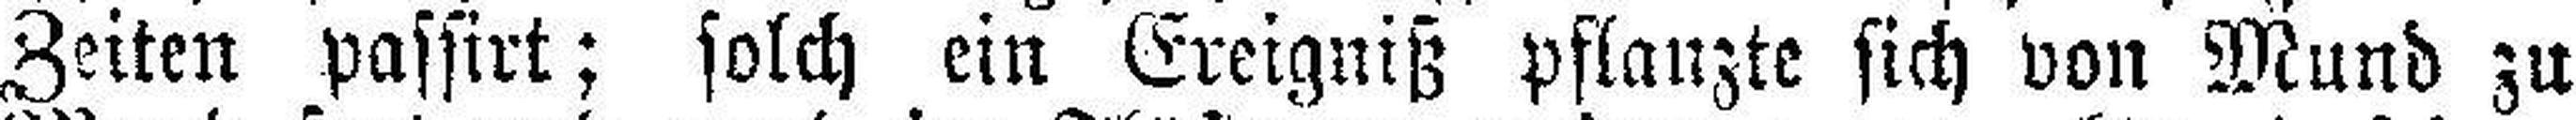
Zeiten passirt; solch ein Ereigniß pflanzte sich von Mund zu